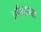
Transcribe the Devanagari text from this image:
अभिरामा।